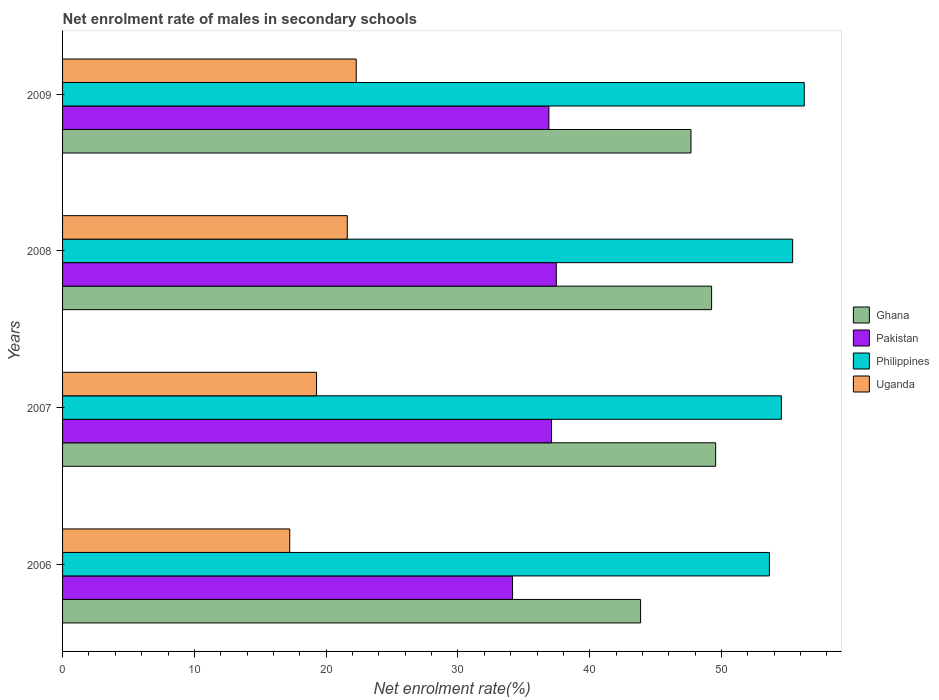
| Years | Ghana | Pakistan | Philippines | Uganda |
 | --- | --- | --- | --- | --- |
 | 2006 | 43.9 | 34.1 | 53.6 | 17.2 |
 | 2007 | 49.6 | 37.1 | 54.5 | 19.3 |
 | 2008 | 49.3 | 37.5 | 55.4 | 21.6 |
 | 2009 | 47.7 | 36.9 | 56.3 | 22.3 |